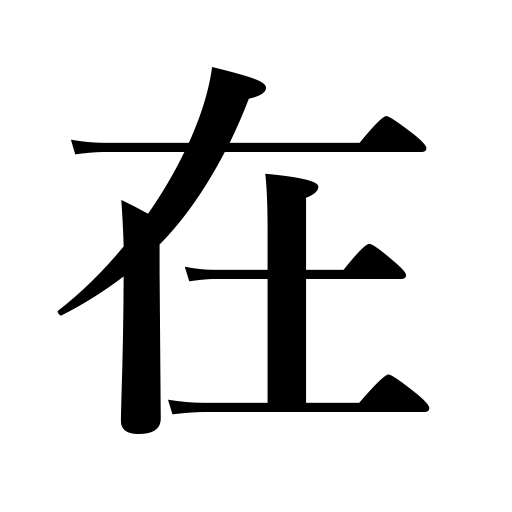
Meanings: consist of,be held,be located,be contained in,it measures,suburbs,there is,exist,have,outskirts,occur,happen,country,be found